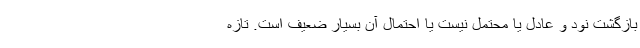
بازگشت نود و عادل یا محتمل نیست یا احتمال آن بسیار ضعیف است. تازه